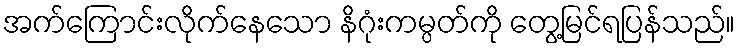
အက်ကြောင်းလိုက်နေသော နိဂုံးကမ္ပတ်ကို တွေ့မြင်ရပြန်သည်။